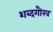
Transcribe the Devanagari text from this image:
शब्दगौरव